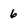
Character: 6